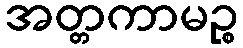
အတ္တကာမဉ္စ